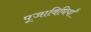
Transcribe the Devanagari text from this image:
पूजाविधियाँ